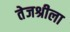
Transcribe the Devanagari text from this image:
तेजश्रीला